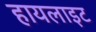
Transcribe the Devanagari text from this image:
हायलाइट